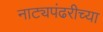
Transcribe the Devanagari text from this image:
नाट्यपंढरीच्या